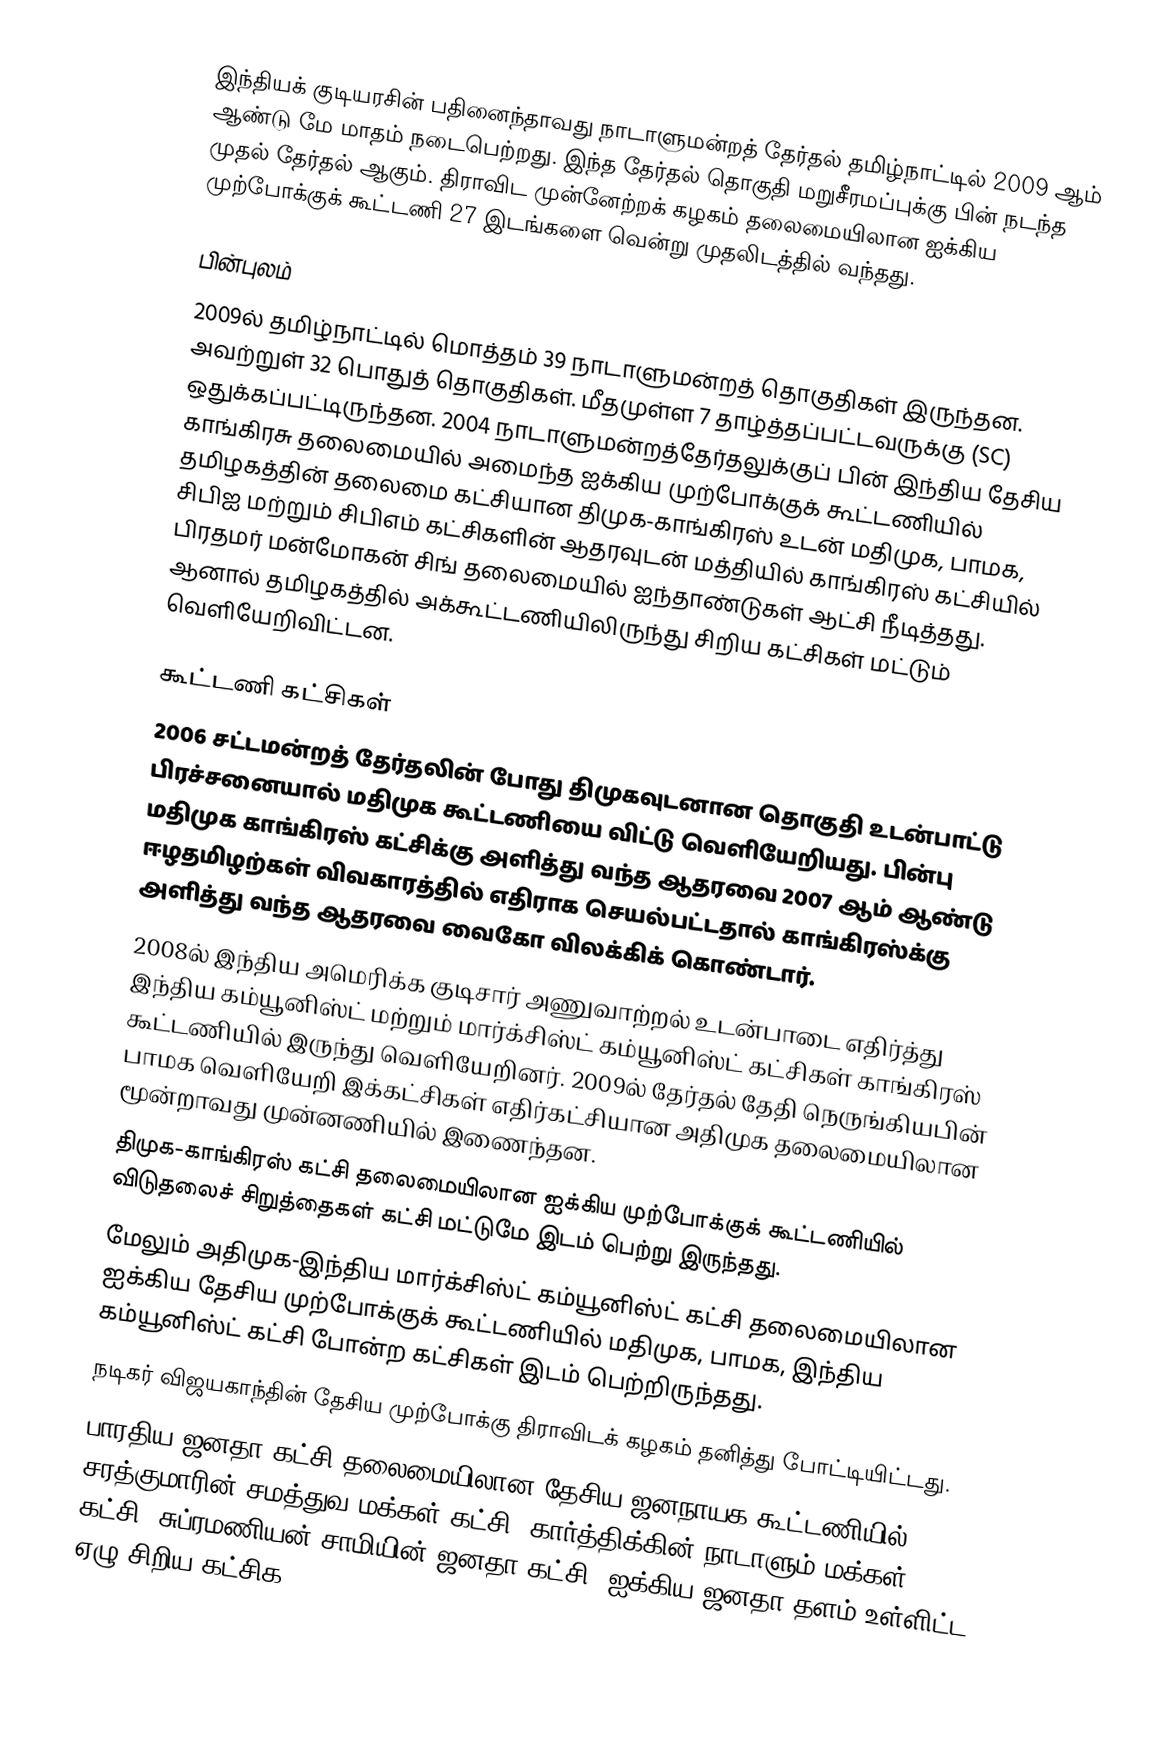
இந்தியக் குடியரசின் பதினைந்தாவது நாடாளுமன்றத் தேர்தல் தமிழ்நாட்டில் 2009 ஆம் ஆண்டு மே மாதம் நடைபெற்றது. இந்த தேர்தல் தொகுதி மறுசீரமப்புக்கு பின் நடந்த முதல் தேர்தல் ஆகும். திராவிட முன்னேற்றக் கழகம் தலைமையிலான ஐக்கிய முற்போக்குக் கூட்டணி 27 இடங்களை வென்று முதலிடத்தில் வந்தது.

பின்புலம்
 2009ல் தமிழ்நாட்டில் மொத்தம் 39 நாடாளுமன்றத் தொகுதிகள் இருந்தன. அவற்றுள் 32 பொதுத் தொகுதிகள். மீதமுள்ள 7 தாழ்த்தப்பட்டவருக்கு (SC) ஒதுக்கப்பட்டிருந்தன. 2004 நாடாளுமன்றத்தேர்தலுக்குப் பின் இந்திய தேசிய காங்கிரசு தலைமையில் அமைந்த ஐக்கிய முற்போக்குக் கூட்டணியில் தமிழகத்தின் தலைமை கட்சியான திமுக-காங்கிரஸ் உடன் மதிமுக, பாமக, சிபிஐ மற்றும் சிபிஎம் கட்சிகளின் ஆதரவுடன் மத்தியில் காங்கிரஸ் கட்சியில் பிரதமர் மன்மோகன் சிங் தலைமையில் ஐந்தாண்டுகள் ஆட்சி நீடித்தது. ஆனால் தமிழகத்தில் அக்கூட்டணியிலிருந்து சிறிய கட்சிகள் மட்டும் வெளியேறிவிட்டன.

கூட்டணி கட்சிகள்
 2006 சட்டமன்றத் தேர்தலின் போது திமுகவுடனான தொகுதி உடன்பாட்டு பிரச்சனையால்  மதிமுக கூட்டணியை விட்டு வெளியேறியது. பின்பு மதிமுக காங்கிரஸ் கட்சிக்கு அளித்து வந்த ஆதரவை 2007 ஆம் ஆண்டு ஈழதமிழற்கள் விவகாரத்தில் எதிராக செயல்பட்டதால் காங்கிரஸ்க்கு அளித்து வந்த ஆதரவை வைகோ விலக்கிக் கொண்டார்.
 2008ல் இந்திய அமெரிக்க குடிசார் அணுவாற்றல் உடன்பாடை எதிர்த்து இந்திய கம்யூனிஸ்ட் மற்றும் மார்க்சிஸ்ட் கம்யூனிஸ்ட் கட்சிகள் காங்கிரஸ் கூட்டணியில் இருந்து வெளியேறினர். 2009ல் தேர்தல் தேதி நெருங்கியபின் பாமக வெளியேறி இக்கட்சிகள் எதிர்கட்சியான அதிமுக தலைமையிலான மூன்றாவது முன்னணியில் இணைந்தன.
 திமுக-காங்கிரஸ் கட்சி தலைமையிலான ஐக்கிய முற்போக்குக் கூட்டணியில் விடுதலைச் சிறுத்தைகள் கட்சி மட்டுமே இடம் பெற்று இருந்தது.
 மேலும் அதிமுக-இந்திய மார்க்சிஸ்ட் கம்யூனிஸ்ட் கட்சி தலைமையிலான ஐக்கிய தேசிய முற்போக்குக் கூட்டணியில் மதிமுக, பாமக, இந்திய கம்யூனிஸ்ட் கட்சி போன்ற கட்சிகள் இடம் பெற்றிருந்தது.
 நடிகர் விஜயகாந்தின் தேசிய முற்போக்கு திராவிடக் கழகம் தனித்து போட்டியிட்டது.
 பாரதிய ஜனதா கட்சி தலைமையிலான தேசிய ஜனநாயக கூட்டணியில் சரத்குமாரின் சமத்துவ மக்கள் கட்சி, கார்த்திக்கின் நாடாளும் மக்கள் கட்சி, சுப்ரமணியன் சாமியின் ஜனதா கட்சி, ஐக்கிய ஜனதா தளம் உள்ளிட்ட ஏழு சிறிய கட்சிக